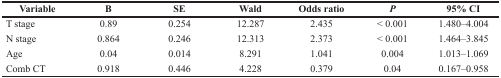
| Variable | B | SE | Wald | Odds ratio | P | 95% CI |
 | --- | --- | --- | --- | --- | --- | --- |
 | T stage | 0.89 | 0.254 | 12.287 | 2.435 | < 0.001 | 1.480–4.004 |
 | N stage | 0.864 | 0.246 | 12.313 | 2.373 | < 0.001 | 1.464–3.845 |
 | Age | 0.04 | 0.014 | 8.291 | 1.041 | 0.004 | 1.013–1.069 |
 | Comb CT | 0.918 | 0.446 | 4.228 | 0.379 | 0.04 | 0.167–0.958 |